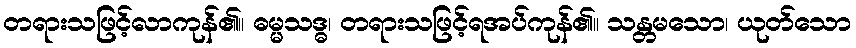
တရားသဖြင့်လာကုန်၏။ ဓမ္မသဒ္ဓ၊ တရားသဖြင့်ရအပ်ကုန်၏။ သန္တမသော၊ ယုတ်သော